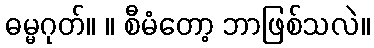
ဓမ္မဂုတ်။ ။ စီမံတော့ ဘာဖြစ်သလဲ။